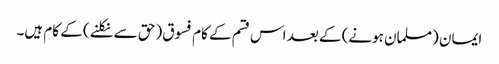
ایمان (مسلمان ہونے) کے بعد اس قسم کے کام فسوق (حق سے نکلنے) کے کام ہیں۔